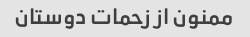
ممنون از زحمات دوستان